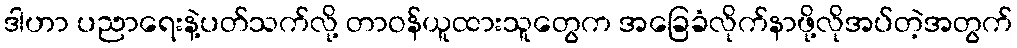
ဒါဟာ ပညာရေးနဲ့ပတ်သက်လို့ တာဝန်ယူထားသူတွေက အခြေခံလိုက်နာဖို့လိုအပ်တဲ့အတွက်